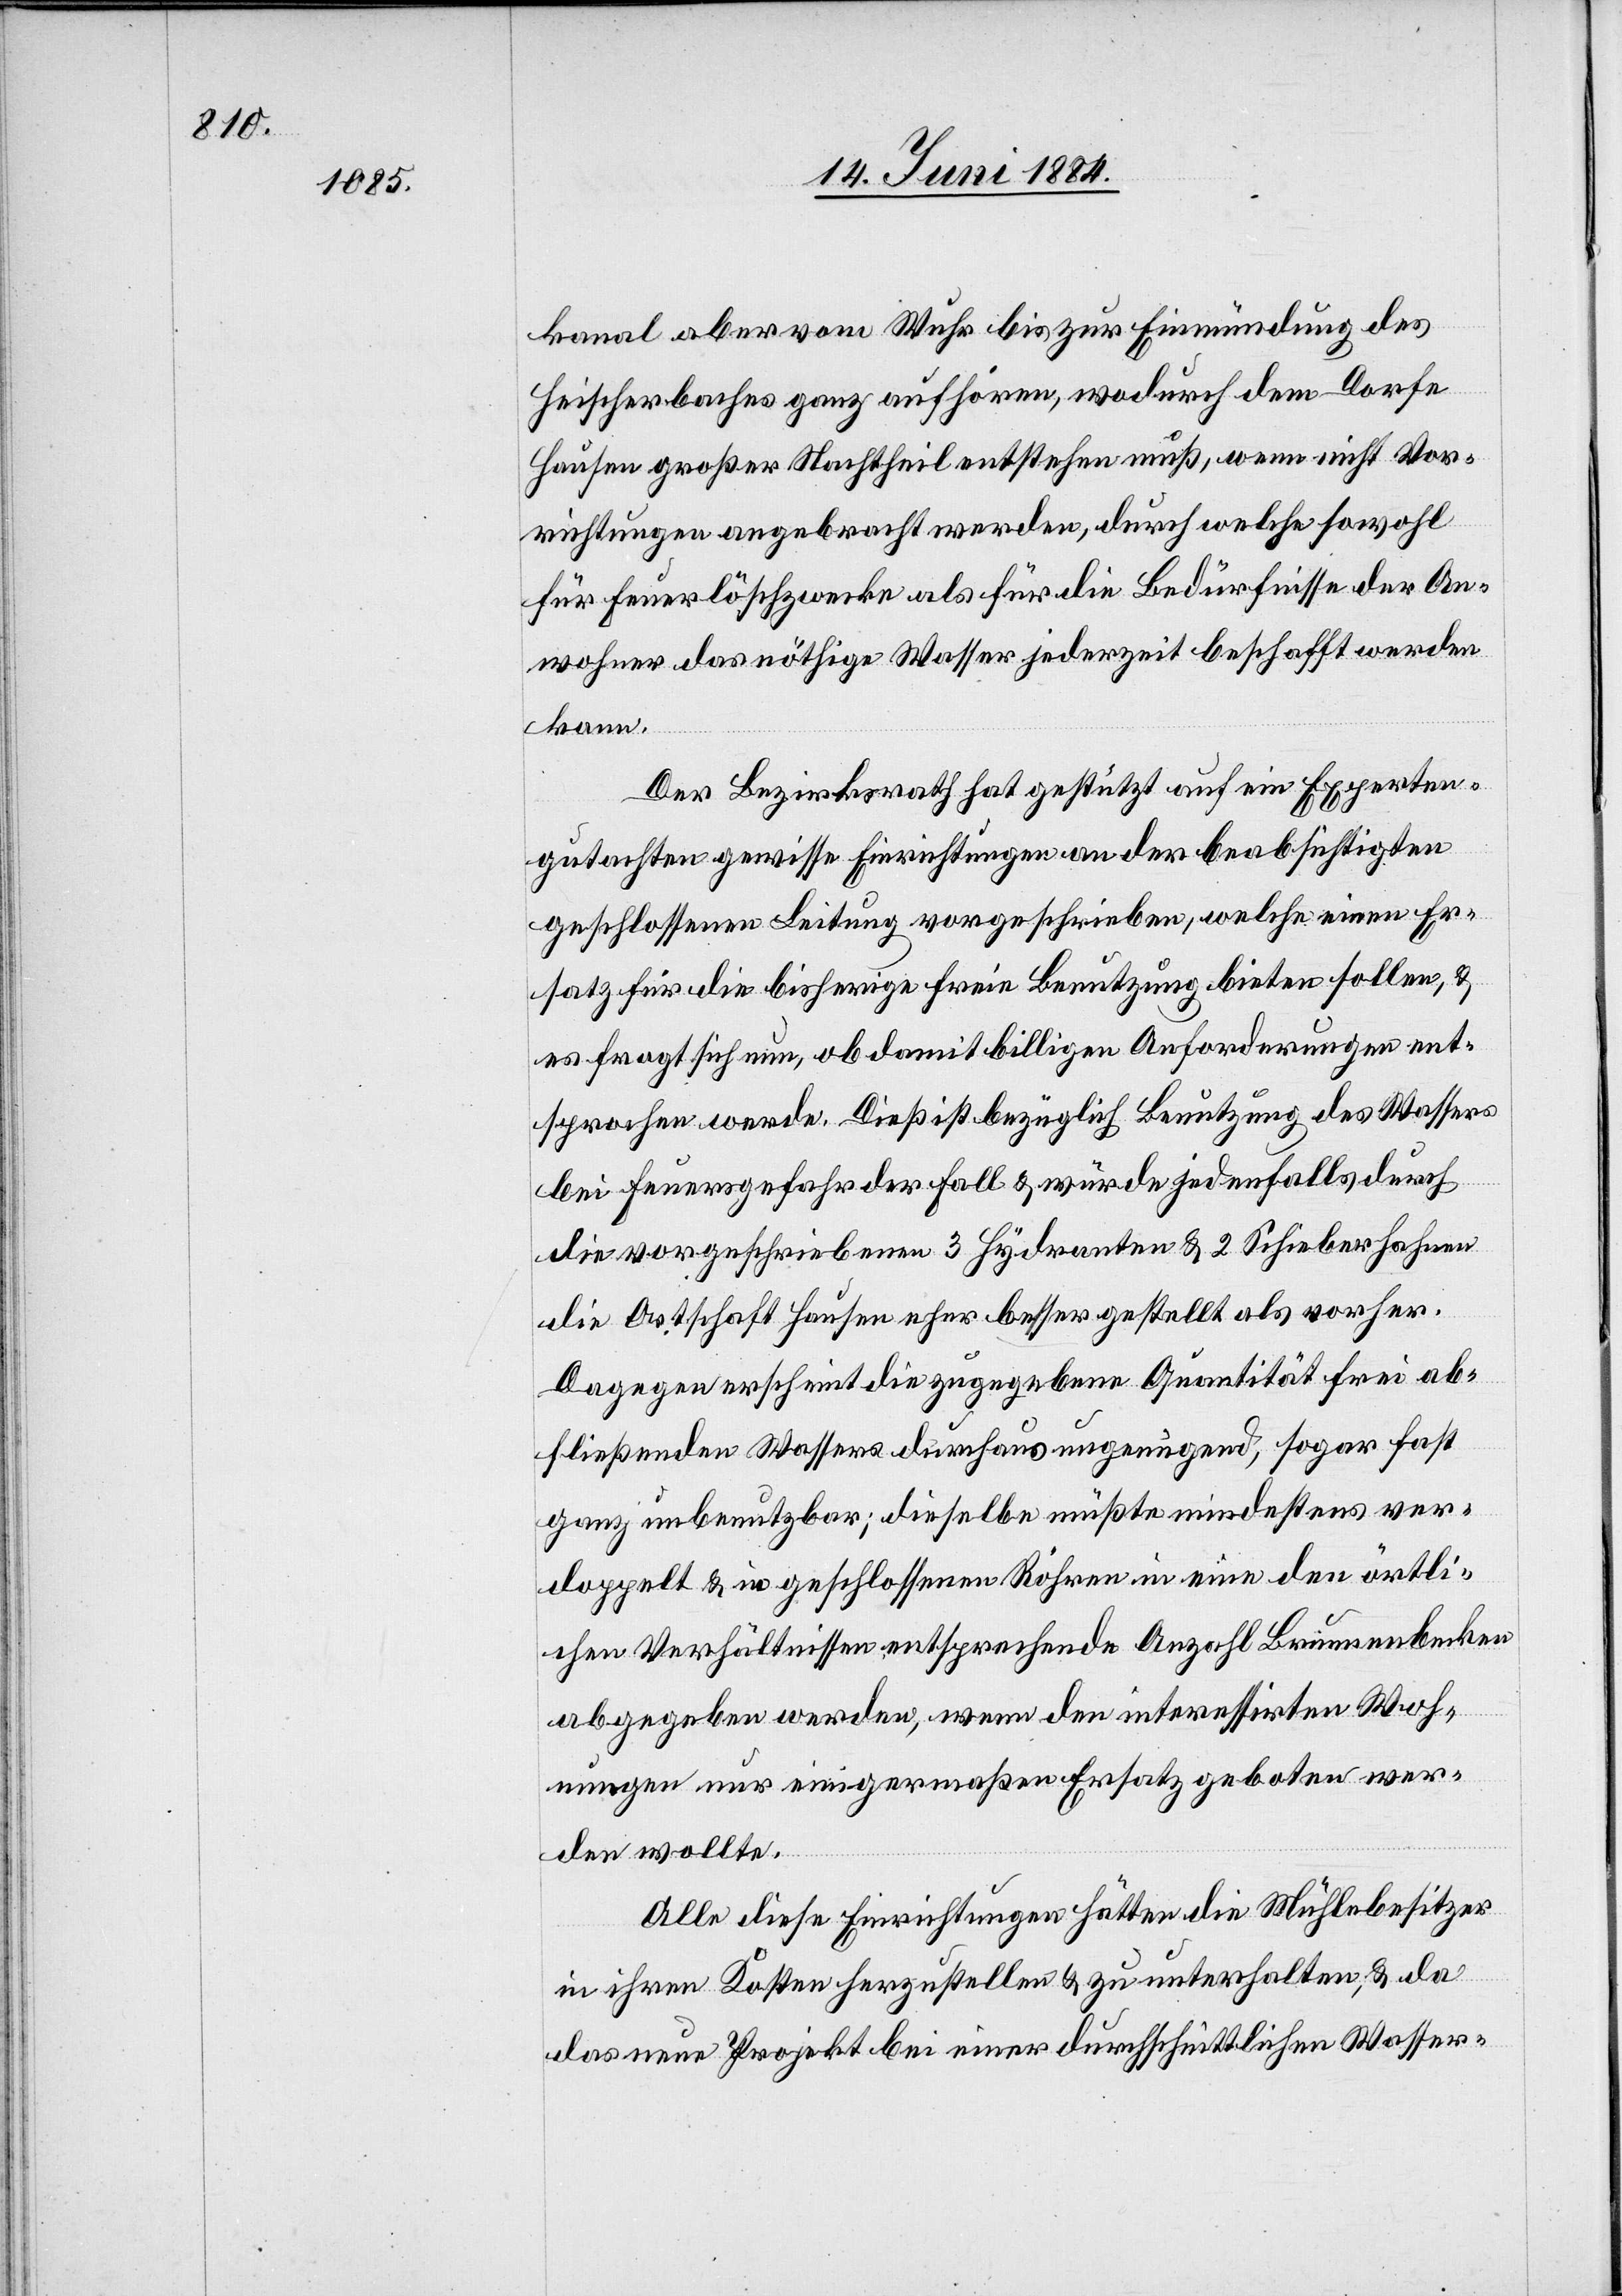
kanal aber vom Wuhr bis zur Einmündung des
Heischerbaches ganz aufhören, wodurch dem Dorfe
Hausen großer Nachtheil entstehen muß, wenn nicht Vor¬
richtungen angebracht werden, durch welche sowohl
für Feuerlöschzwecke als für die Bedürfnisse der An¬
wohner das nöthige Wasser jederzeit beschafft werden
kann.
Der Bezirksrath hat gestützt auf ein Experten¬
gutachten gewisse Einrichtungen an der beabsichtigten
geschlossenen Leitung vorgeschrieben, welche einen Er¬
satz für die bisherige freie Benutzung bieten sollen, &
es fragt sich nun, ob damit billigen Anforderungen ent¬
sprochen werde. Dieß ist bezüglich Benutzung des Wassers
bei Feuersgefahr der Fall & würde jedenfalls durch
die vorgeschriebenen 3 Hydranten & 2 Schieberhahnen
die Ortschaft Hausen eher besser gestellt als vorher.
Dagegen erscheint die zugegebene Quantität frei ab¬
fließenden Wassers durchaus ungenügend, sogar fast
ganz unbenutzbar; dieselbe müßte mindestens ver¬
doppelt & in geschlossenen Röhren in eine den örtli¬
chen Verhältnissen entsprechende Anzahl Brunnenbecken
abgegeben werden, wenn den interessirten Woh¬
nungen nur einigermaßen Ersatz geboten wer¬
den wollte.
Alle diese Einrichtungen hätten die Mühlebesitzer
in ihren Kosten herzustellen & zu unterhalten, & da
das neue Projekt bei einer durchschnittlichen Wasser-